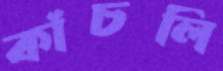
কাঁচলি